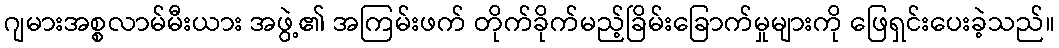
ဂျမားအစ္စလာမ်မီးယား အဖွဲ့၏ အကြမ်းဖက် တိုက်ခိုက်မည့်ခြိမ်းခြောက်မှုများကို ဖြေရှင်းပေးခဲ့သည်။